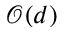
\mathcal O ( d )